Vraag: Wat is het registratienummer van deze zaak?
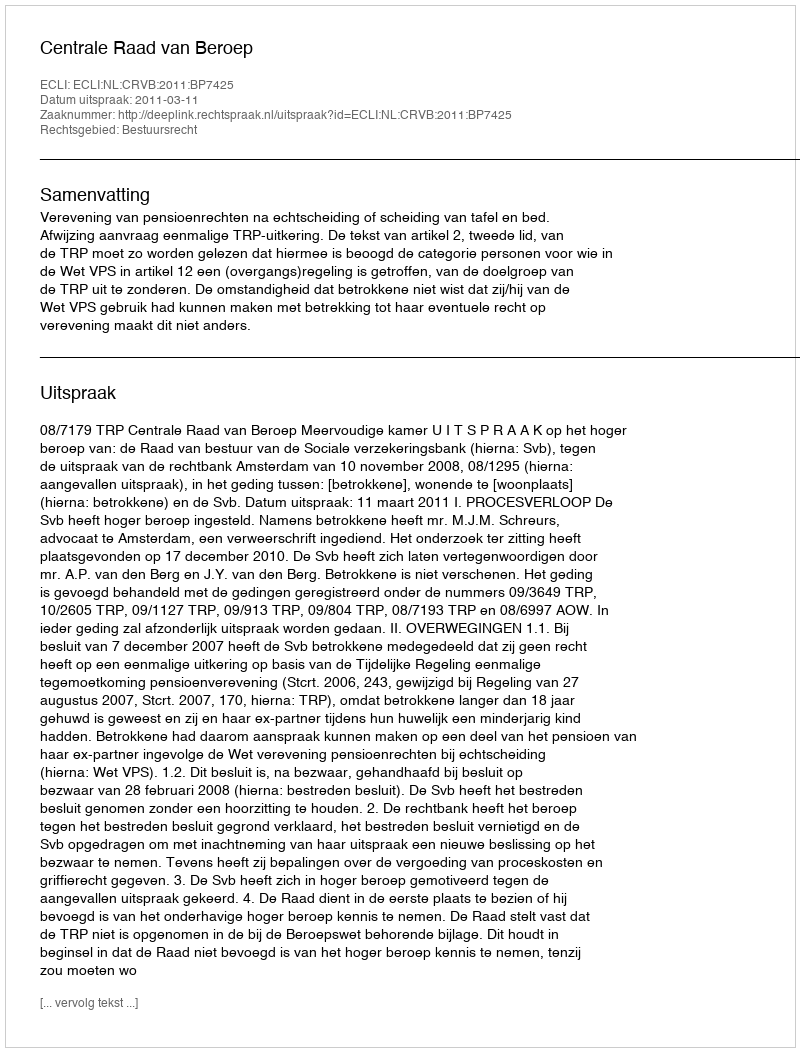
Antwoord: http://deeplink.rechtspraak.nl/uitspraak?id=ECLI:NL:CRVB:2011:BP7425